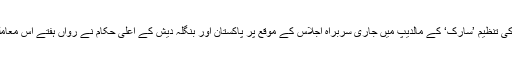
جنوبی ایشیا کے آتھ ملکوں کی علاقائی تعاون کی تنظیم ’سارک‘ کے مالدیپ میں جاری سربراہ اجلاس کے موقع پر پاکستان اور بنگلہ دیش کے اعلیٰ حکام نے رواں ہفتے اس معاملے پر بھی غیر رسمی طور پر تبادلہ خیال کیا۔